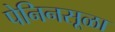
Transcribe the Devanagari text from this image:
पेनिनसूळा